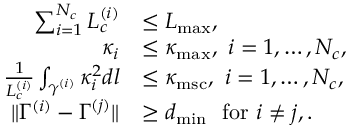
\begin{array} { r l } { \sum _ { i = 1 } ^ { N _ { c } } L _ { c } ^ { ( i ) } } & { \le L _ { \mathrm { m a x } } , } \\ { \kappa _ { i } } & { \le \kappa _ { \mathrm { m a x } } , ~ i = 1 , \ldots , N _ { c } , } \\ { \frac { 1 } { L _ { c } ^ { ( i ) } } \int _ { \gamma ^ { ( i ) } } \kappa _ { i } ^ { 2 } d l } & { \le \kappa _ { \mathrm { m s c } } , ~ i = 1 , \ldots , N _ { c } , } \\ { \| \Gamma ^ { ( i ) } - \Gamma ^ { ( j ) } \| } & { \geq d _ { \operatorname* { m i n } } ~ \mathrm { ~ f o r ~ } i \neq j , . } \end{array}